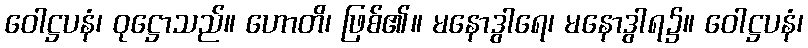
ဝေါဋ္ဌပနံ၊ ဝုဋ္ဌောသည်။ ဟောတိ၊ ဖြစ်၏။ မနောဒွါရေ၊ မနောဒွါရ၌။ ဝေါဋ္ဌပနံ၊